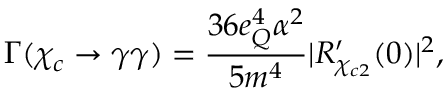
\Gamma ( \chi _ { c } \rightarrow \gamma \gamma ) = \frac { 3 6 e _ { Q } ^ { 4 } \alpha ^ { 2 } } { 5 m ^ { 4 } } | R _ { \chi _ { c 2 } } ^ { \prime } ( 0 ) | ^ { 2 } ,